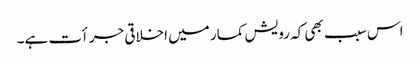
اس سبب بھی کہ رویش کمار میں اخلاقی جرأت ہے۔